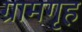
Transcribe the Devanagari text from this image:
ग्रामगृह